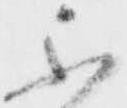
不